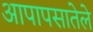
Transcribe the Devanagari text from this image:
आपापसातेले